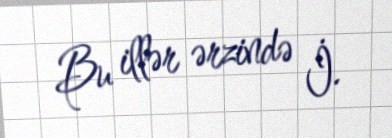
Bu illər ərzində İ.